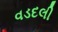
વડદલી